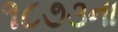
૧૮૭૩ના